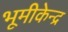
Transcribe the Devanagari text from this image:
भूमीकेन्द्र